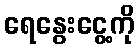
ရေနွေးငွေ့ကို